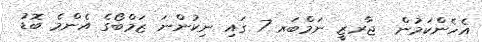
އެހެންކަމުން  ޖާރޒީ ނަމްބަރ 7 ގައި ނިކުންނަ ޒަމްބޯގެ އެންމެ ބޮޑު